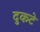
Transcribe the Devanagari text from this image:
दुकटे